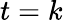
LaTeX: t=k